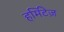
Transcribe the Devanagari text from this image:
हर्मिटेज़